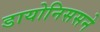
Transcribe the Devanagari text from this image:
डायोनिससने